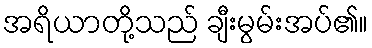
အရိယာတို့သည် ချီးမွမ်းအပ်၏။